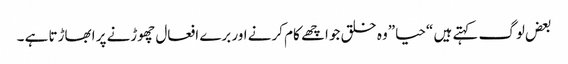
بعض لوگ کہتے ہیں “حیا”وہ خلق جو اچھے کام کرنے اور برے افعال چھوڑنے پر ابھاڑتا ہے ۔